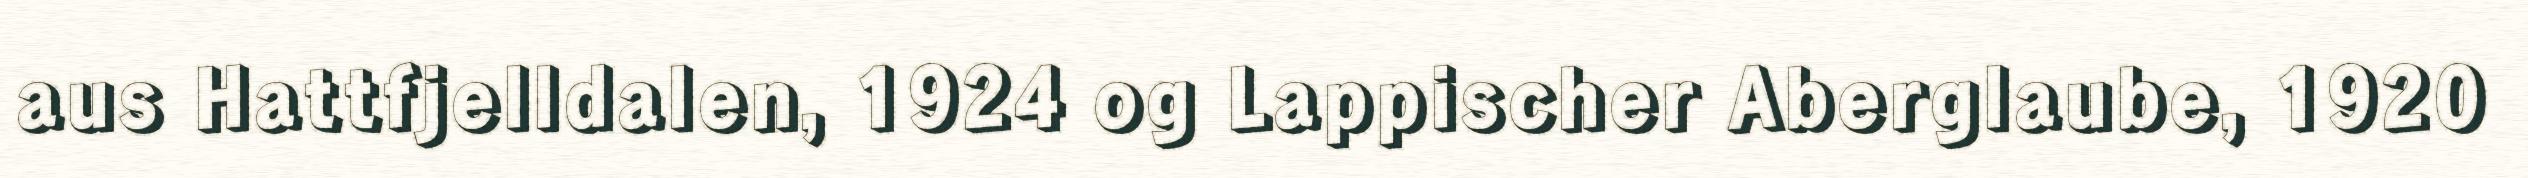
aus Hattfjelldalen, 1924 og Lappischer Aberglaube, 1920